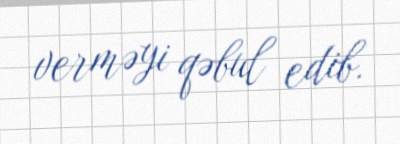
verməyi qəbul edib.